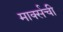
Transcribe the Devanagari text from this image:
मार्क्‍सची